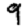
Digit: 9